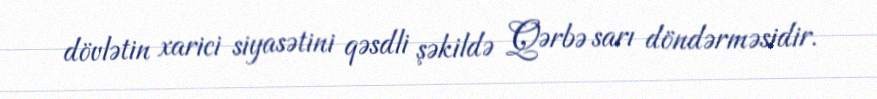
dövlətin xarici siyasətini qəsdli şəkildə Qərbə sarı döndərməsidir.